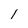
Character: 1